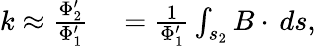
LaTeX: \begin{array}{rl}{k\approx\frac{\Phi_{2}^{\prime}}{\Phi_{1}^{\prime}}}&{{}=\frac{1}{\Phi_{1}^{\prime}}\int_{s_{2}}B\cdot\, ds,}\end{array}